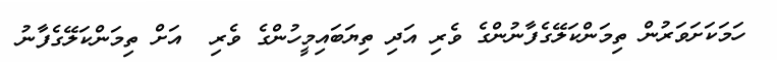
ހަމަކަށަވަރުން ތިމަންކަލޭގެފާނުންގެ ވެރި އަދި ތިޔަބައިމީހުންގެ ވެރި  އަށް ތިމަންކަލޭގެފާނު